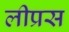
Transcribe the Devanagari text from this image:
लीप्रस